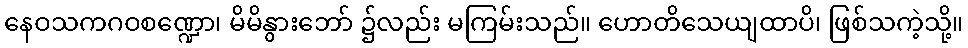
နေဝသကဂဝစဏ္ဍော၊ မိမိနွားဘော် ၌လည်း မကြမ်းသည်။ ဟောတိသေယျထာပိ၊ ဖြစ်သကဲ့သို့။